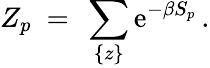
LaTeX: Z_{p}~=~\sum_{\{ z\} }\mathrm{e}^{-\beta S_{p}}\, .